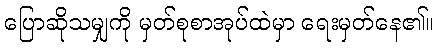
ပြောဆိုသမျှကို မှတ်စုစာအုပ်ထဲမှာ ရေးမှတ်နေ၏။